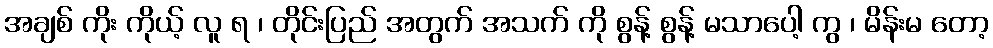
အချစ် ကိုး ကိုယ့် လူ ရ ၊ တိုင်းပြည် အတွက် အသက် ကို စွန့် စွန့် မသာပေါ့ ကွ ၊ မိန်းမ တော့